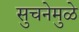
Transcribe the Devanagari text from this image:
सुचनेमुळे